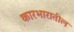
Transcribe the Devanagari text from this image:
कारभारातील